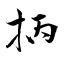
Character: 抦